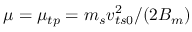
\mu = \mu _ { t p } = m _ { s } v _ { t s 0 } ^ { 2 } / ( 2 \ensuremath { B _ { m } } )